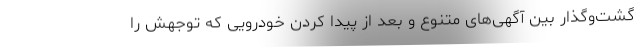
گشت‌وگذار بین آگهی‌های متنوع و بعد از پیدا کردن خودرویی که توجهش را